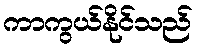
ကာကွယ်နိုင်သည်